Report on vaccination in Madras 1922-1929 - 1922-1929
Year: 1922
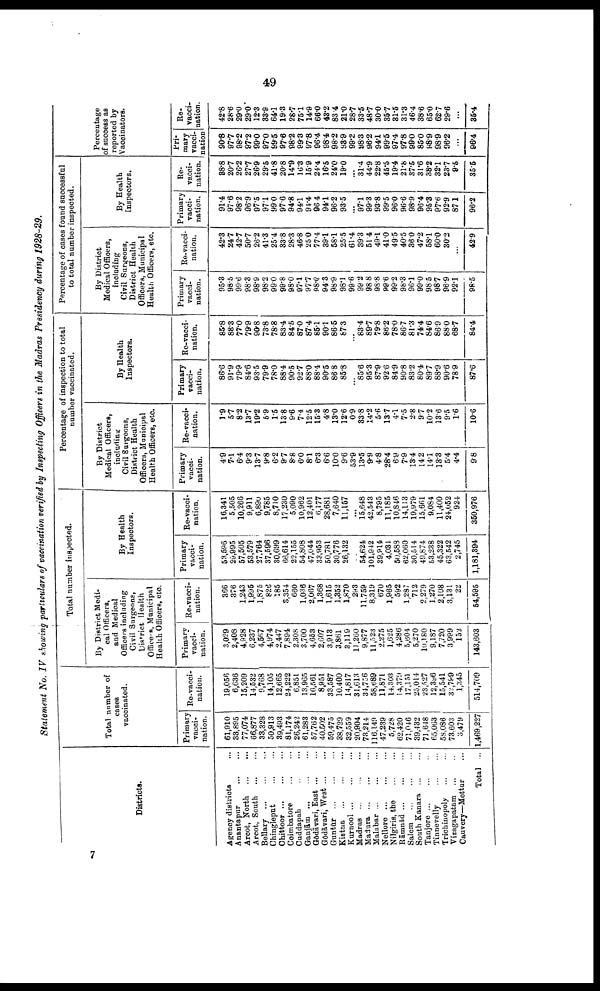
49
Statement No. IV showing particulars of vaccination verified by Inspecting Officers in the Madras Presidency during 1928-29.
Districts.
Agency districts ...
Anantapur
...
...
Arcot, North
...
...
Arcot, South
...
...
Bellary
...
...
...
Chingleput
...
...
Chittoor
...
...
...
Coimbatore
...
...
Cuddapah ... ...
Ganjām
...
...
...
Gōdāvari, East
...
...
Gōdāvari, West
...
...
Guntūr
...
...
...
Kistna
...
...
...
Kurnool
...
...
...
Madras
...
...
...
Madura
...
...
...
Malabar
...
...
...
Nellore
...
...
...
Nilgiris, the
...
...
Rāmnād ... ... ...
Salem
...
...
...
South Kanara ... ...
Tanjore
...
...
...
Tinnevelly
...
...
Trichinopoly
...
...
Vizagapatam
...
Cauvery—Mettur ...
Total ...
Total number of
cases
vaccinated.
Primary
vacci
nation.
61,910
33,895
77,074
66,877
38,328
50,913
39,493
81,174
26,242
61,283
57,762
40,502
59,475
38,729
32,559
20,904
73,214
116,149
47,239
5,728
62,420
71,046
39,432
71,648
65,063
58,086
73,603
3,479
1,469,227
Re-vacci
nation.
19,056
6,636
15,209
14,532
9,768
14,105
12,665
24,222
6,851
13,965
16,561
8,951
33,587
10,400
14,817
31,613
34,756
58,689
11,871
14,303
14,379
17,151
25,014
23,527
12,396
15,541
32,799
1,345
514,709
Total number inspected.
By District Medi
cal Officers,
and Medical
Officers including
Civil Surgeons,
District Health
Officers, Municipal
Health Officers, etc
Primary
vacci
nation.
3,029
2,408
4,928
6,237
4,567
4,974
2,447
7,894
2.308
3,700
4,653
2,607
3,913
3,861
3,119
11,260
9,877
11,523
2,275
1,625
4,286
5,604
5,270
10,180
9,187
7,720
3,999
153
143,603
Re-vacci¬
nation.
366
376
1,243
1,995
1,875
826
185
3,354
660
1,038
2,067
1,368
1,615
1,352
1,870
293
11,759
8,319
670
1,965
592
1,287
712
2,279
1,270
2,108
3,131
22
54,595
By Health
Inspectors.
Primary
vacci
nation.
53,596
29,995
57,505
53,579
27,764
37,596
30,699
66,614
22,155
54,808
47,044
33,953
50,781
30,776
26,132
...
54,624
101,9412
39,914
4,034
50,588
62,060
30,514
49,874
53,238
45,322
63,542
2,745
1,181,394
Re-vacci
nation.
16,341
5,505
10,266
9,911
6,890
9,785
8,710
17,230
5,090
10,962
12,401
6,177
28,681
7,640
11,157
...
15,648
42,548
8,795
11,185
10,846
14,113
19,979
15,661
9,084
11,400
24,052
924
350,976
Percentage of inspection to total
number vaccinated.
By District
Medical Officers,
including
Civil Surgeons,
District Health
Officers, Municipal
Health Officers, etc
Primary
vacci
nation.
4.9
7.1
6.4
9.3
13.7
9.8
6.2
9.7
8.8
6.0
8.1
6.8
6.6
10.0
9.6
53.9
13.5
9.9
4.8
28.4
6.9
7.9
13.4
14.2
14.1
13.3
5.4
4.4
9.8
Re-vacci
nation.
1.9
5.7
8.2
13.7
19.2
5.9
1.5
13.8
9.6
7.4
12.5
158
4.8
13.0
12.6
0.9
83.8
14.2
5.6
13.7
4.1
7.5
2.8
9.7
10.2
13.6
9.5
16
10.6
By Health
Inspectors.
Primary
vacci
nation.
86.6
91.9
79.9
84.6
93.5
79.9
78.0
88.4
90.5
92.7
88.0
88.4
90.5
86.8
85.8
...
85.6
95.3
87.9
92.6
84.9
90.8
83.2
80.4
89.7
88.9
90.6
78.9
87.6
Re-vacci
nation.
85.8
88.3
77.0
79.9
90.8
73.8
78.8
83.4
84.5
87.0
87.4
85.1
90.1
86.5
87.3
...
83.4
89.7
79.8
86.2
78.0
86.7
81.3
74.4
84.6
869
88.0
68.7
84.4
Percentage of cases found successful
to total number inspected.
By District
Medical Officers,
including
Civil Surgeons,
District Health
Officers, Municipal
Health Officers, etc.
Primary
vacci
nation.
95.3
98.5
99.6
98.3
98.9
98.2
99.0
99.8
98.0
97.1
97.7
98.0
94.3
98.9
98.1
99.6
99.2
98.8
98.8
99.6
99.2
98.3
96.1
99.0
98.5
98.7
96.9
92.1
98.5
Re-vacci
nation.
42.8
24.7
42.7
50.7
26.2
41.3
25.4
33.8
28.3
46.8
25.0
77.4
39.1
58.1
25.5
61.4
39.3
51.4
49.1
41.0
49.5
40.5
36.0
47.2
68.1
60.0
30.2
...
42.9
By Health
Inspectors.
Primary
vacci
nation.
91.4
97.6
98.2
96.9
97.6
97.1
99.0
97.6
94.8
94.1
94.4
964
94.1
96.2
93.5
...
97.1
99.3
93.8
99.5
96.0
96.6
98.9
96.4
95.8
97.6
92.9
87.1
96.2
Re-
vacci¬
nation.
38.8
20.7
26.2
27.7
26.9
29.5
41.8
20.8
14.9
16.8
15.9
24.4
16.5
24.0
19.0
...
31.4
44.9
22.8
45.5
19.4
21.8
37.5
31.6
38.2
32.1
23.7
9.5
35.5
Percentage
of success as
reported by
Vaccinators
Pri
mary
vacci
nation
90.8
97.7
98.2
97.2
99.0
97.0
99.5
97.6
98.2
99.3
97.8
96.4
98.4
98.2
98.9
99.2
98.3
96.2
94.1
99.6
97.4
97.8
99.0
85.0
98.9
98.9
96.2
...
90.4
Re-
vacci
nation.
42.8
28.6
29.0
29.0
12.3
33.9
64.1
19.3
28.7
75.1
14.9
66.0
43.2
83.4
21.0
28.7
33.5
48.7
30.0
35.7
31.5
31.3
46.4
38.6
65.0
62.7
29.6
...
35.4
7